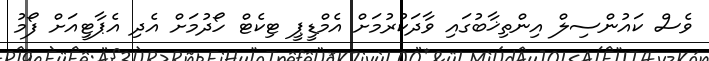
ވެސް ކައުންސިލް އިންތިޚާބުގައި ވާދަކުރުމަށް އެމްޑީޕީ ޓިކެޓް ހޯދުމަށް އެދި އެޕާޓީއަށް ފޯމު